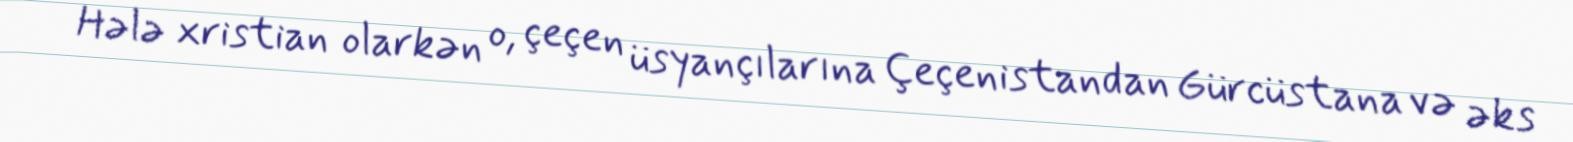
Hələ xristian olarkən o, çeçen üsyançılarına Çeçenistandan Gürcüstana və əks